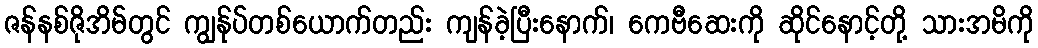
ဇန်နစ်ဇိုအိမ်တွင် ကျွန်ုပ်တစ်ယောက်တည်း ကျန်ခဲ့ပြီးနောက်၊ ကေဗီဆေးကို ဆိုင်နောင့်တို့ သားအမိကို